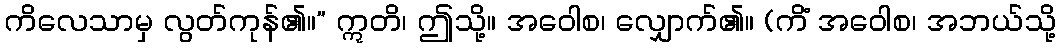
ကိလေသာမှ လွတ်ကုန်၏။” ဣတိ၊ ဤသို့။ အဝေါစ၊ လျှောက်၏။ (ကိံ အဝေါစ၊ အဘယ်သို့